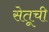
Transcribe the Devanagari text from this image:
सेतूची